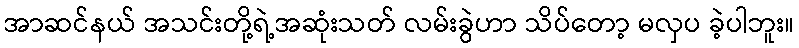
အာဆင်နယ် အသင်းတို့ရဲ့အဆုံးသတ် လမ်းခွဲဟာ သိပ်တော့ မလှပ ခဲ့ပါဘူး။